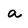
Character: a